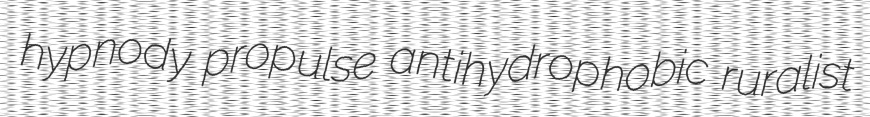
hypnody propulse antihydrophobic ruralist